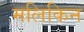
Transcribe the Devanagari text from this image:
मलिकिन